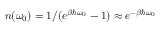
n ( \omega _ { 0 } ) = 1 / ( e ^ { \beta \hbar \omega _ { 0 } } - 1 ) \approx e ^ { - \beta \hbar \omega _ { 0 } }